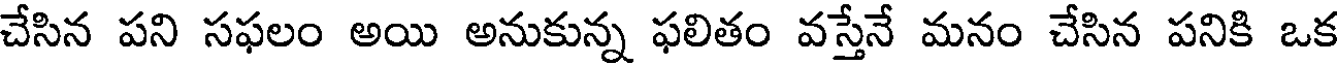
చేసిన పని సఫలం అయి అనుకున్న ఫలితం వస్తేనే మనం చేసిన పనికి ఒక